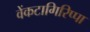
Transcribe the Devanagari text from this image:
वेंकटागिरिप्पा